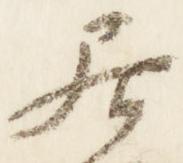
居